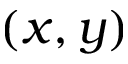
( x , y )